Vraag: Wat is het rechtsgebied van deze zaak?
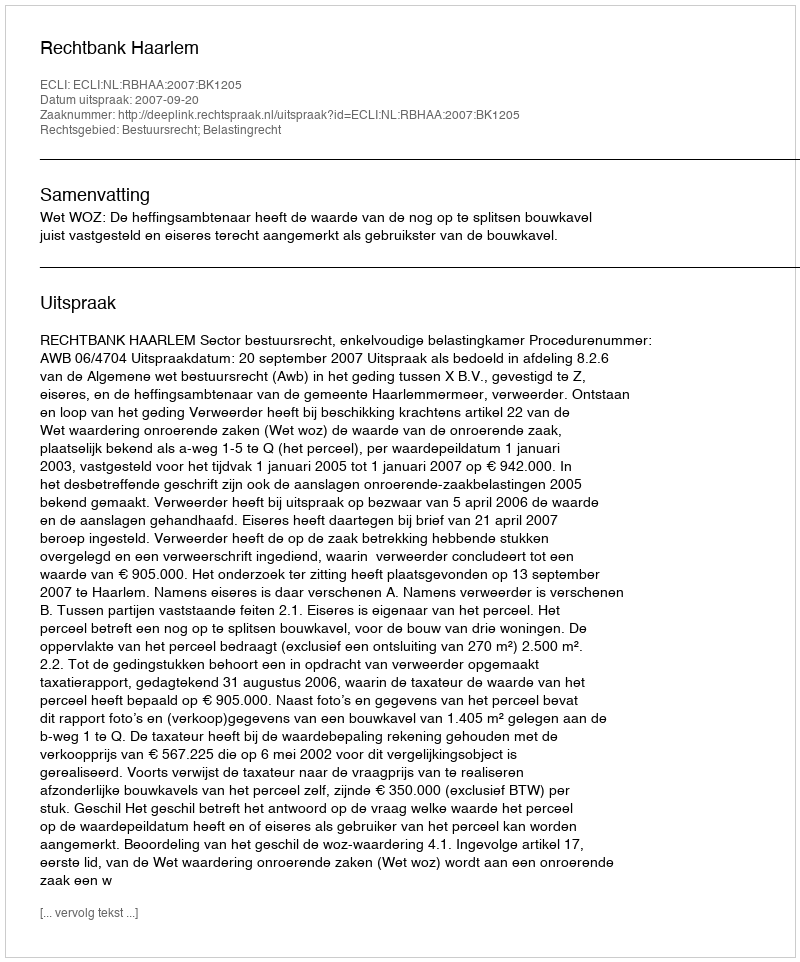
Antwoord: Bestuursrecht; Belastingrecht